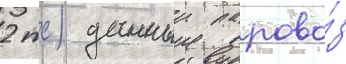
2 тс) данныи парово́з